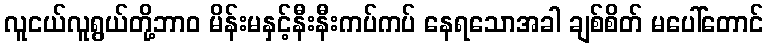
လူငယ်လူရွယ်တို့ဘာဝ မိန်းမနှင့်နီးနီးကပ်ကပ် နေရသောအခါ ချစ်စိတ် မပေါ်တောင်